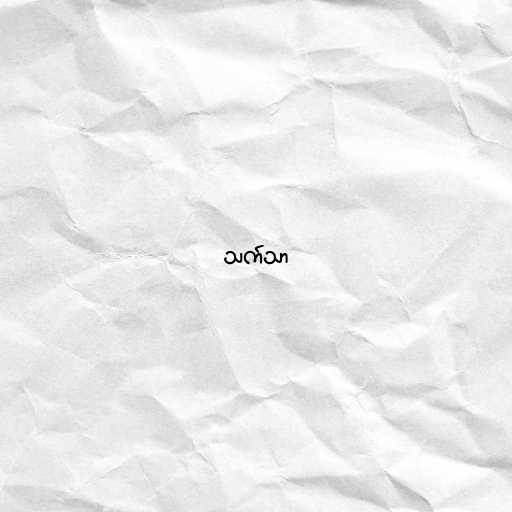
သက်သာ